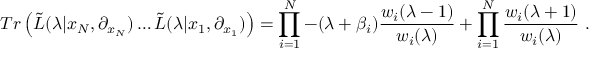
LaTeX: T r \left( { \tilde { L } } ( \lambda | x _ { N } , \partial _ { x _ { N } } ) \ldots { \tilde { L } } ( \lambda | x _ { 1 } , \partial _ { x _ { 1 } } ) \right) = \prod _ { i = 1 } ^ { N } - ( \lambda + \beta _ { i } ) \frac { w _ { i } ( \lambda - 1 ) } { w _ { i } ( \lambda ) } + \prod _ { i = 1 } ^ { N } \frac { w _ { i } ( \lambda + 1 ) } { w _ { i } ( \lambda ) } ~ .